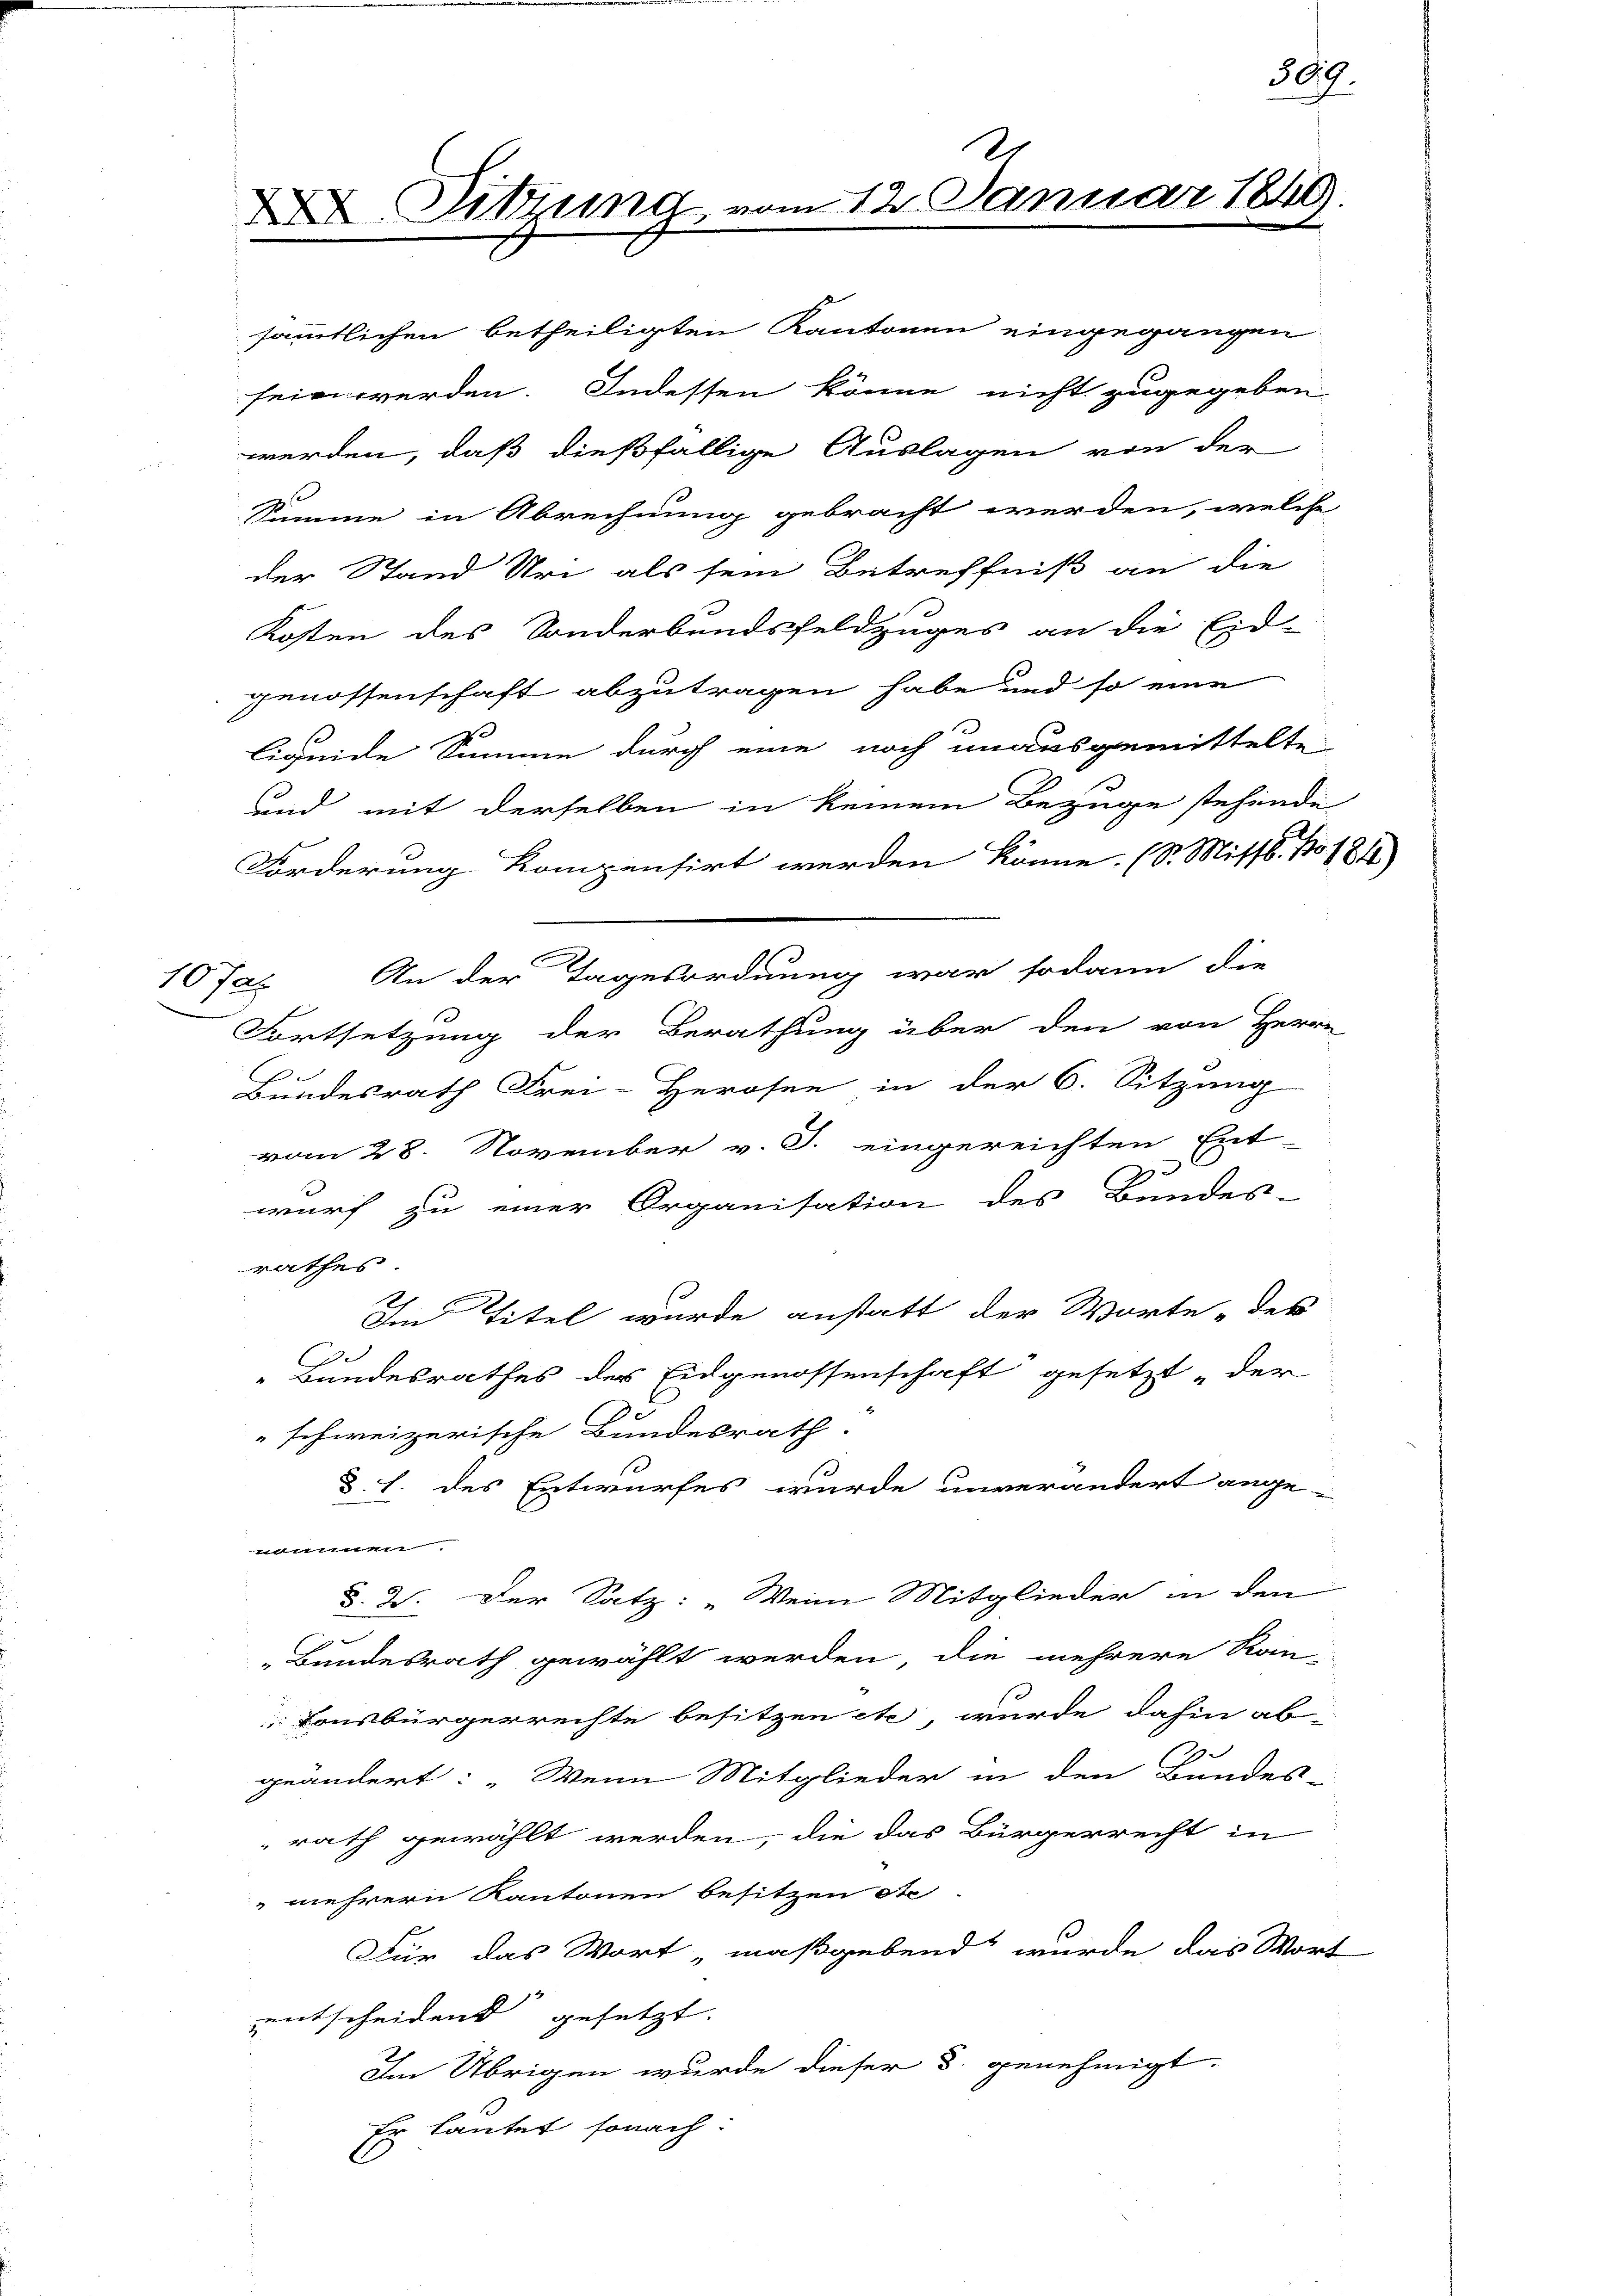
107

sämmtlichen betheiligten Kantonen eingegangen
sein werden. Indessen könne nicht zugegeben
werden, daß dießfällige Auslagen von der
Summe in Abrechnung gebracht werden, welche
der Stand Uri als sein Betreffniß an die
Kosten des Sonderbandsfeldzuges an die Eid-
genossenschaft abzutragen habe und so eine
liquide Summe durch eine noch unausgemittelte
und mit derselben in keinem Bezüge stehende
Forderung kompensirt werden könne. (S. Missb. No 1811)
An der Tagesordnung war sodann die
Fortsetzung der Berathung über den von Herr
e
Bundesrath Frei-Herosen in der 6. Sitzung
vom 28. November v. J. eingereichten Ent-
2
wurf zu einer Organisation des Bundes-
rathes
Im Titel wurde anstatt der Worte des
e
Bundesrathes der Eidgenossenschaft gesetzt der
e
" schweizerische Bundesrath.
§. h. des Entwurfes wurde unverändert ange-
nounnen
§. 2. Der Satz: „Weine Mitglieder in den
„Bundesrath gewählt werden, die mehrere Rain-
Eonsbürgerrechte besitzen etc wurde dahin ab-
geändert: „Wenn Mitglieder in den Bundes-
rath gewählt werden, die das Bürgerrecht in
mehrern Kantonen besitzen Ac
Für das Wort maßgebend wurde das Wort
entscheidend gesetzt.
Im Übrigen wurde dieser §. genehmigt.
Er lautet sonach:

D Sitzung vom 12. Januar 1849.

309.

2

s